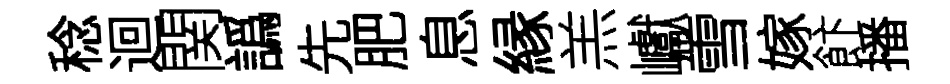
稔迴関譌先肥息縁羔巘雪嫁飰播